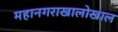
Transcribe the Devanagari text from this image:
महानगराखालोखाल